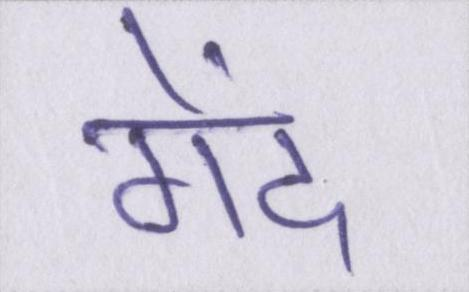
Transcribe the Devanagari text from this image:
गेंद